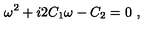
\omega ^ { 2 } + i 2 C _ { 1 } \omega - C _ { 2 } = 0 \ ,